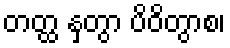
တတ္ထ နှတွာ ပိဝိတွာစ၊